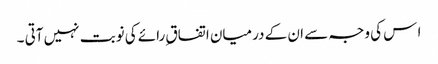
ا س کی وجہ سے ان کے درمیان اتفاق ِرائے کی نوبت نہیں آتی ۔